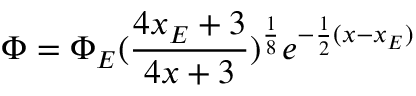
\Phi = \Phi _ { E } ( \frac { 4 x _ { E } + 3 } { 4 x + 3 } ) ^ { \frac { 1 } { 8 } } e ^ { - \frac { 1 } { 2 } ( x - x _ { E } ) }